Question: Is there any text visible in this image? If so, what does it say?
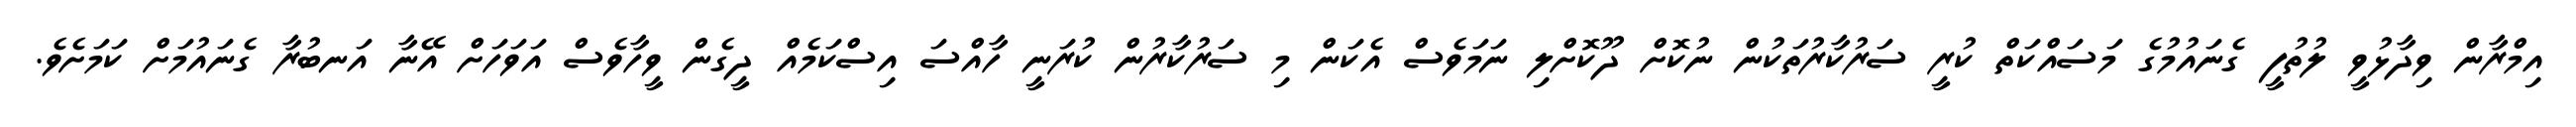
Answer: އިމްރާން ވިދާޅުވީ ލުތުފީ ގެނައުމުގެ މަސައްކަތް ކުރީ ސަރުކާރުތަކުން ނުކޮށް ދޫކޮށްލި ނަމަވެސް އެކަން މި ސަރުކާރުން ކުރަނީ ހާއްސަ އިސްކަމެއް ދީގެން ވީހާވެސް އަވަހަށް އޭނާ އަނބުރާ ގެނައުމަށް ކަމަށެވެ.